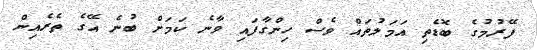
ފޭރުމުގެ ބޮޑެތި އަމަލުތައް ވެސް ހިންގާފައި ވާނެ ކަމަށް ބުނެ އޭގެ ތެރެއިން